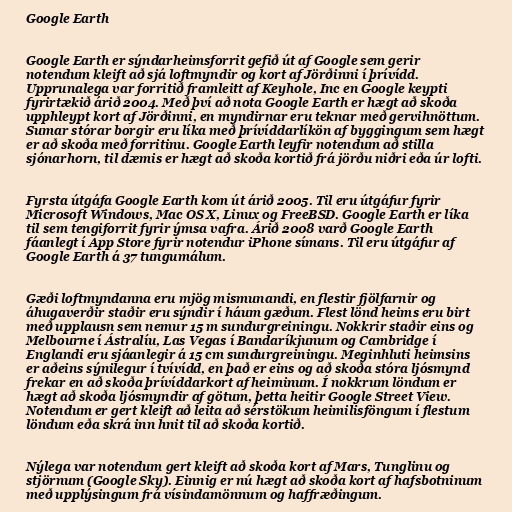
Google Earth

Google Earth er sýndarheimsforrit gefið út af Google sem gerir
notendum kleift að sjá loftmyndir og kort af Jörðinni í þrívídd.
Upprunalega var forritið framleitt af Keyhole, Inc en Google keypti
fyrirtækið árið 2004. Með því að nota Google Earth er hægt að skoða
upphleypt kort af Jörðinni, en myndirnar eru teknar með gervihnöttum.
Sumar stórar borgir eru líka með þrívíddarlíkön af byggingum sem hægt
er að skoða með forritinu. Google Earth leyfir notendum að stilla
sjónarhorn, til dæmis er hægt að skoða kortið frá jörðu niðri eða úr lofti.

Fyrsta útgáfa Google Earth kom út árið 2005. Til eru útgáfur fyrir
Microsoft Windows, Mac OS X, Linux og FreeBSD. Google Earth er líka
til sem tengiforrit fyrir ýmsa vafra. Árið 2008 varð Google Earth
fáanlegt í App Store fyrir notendur iPhone símans. Til eru útgáfur af
Google Earth á 37 tungumálum.

Gæði loftmyndanna eru mjög mismunandi, en flestir fjölfarnir og
áhugaverðir staðir eru sýndir í háum gæðum. Flest lönd heims eru birt
með upplausn sem nemur 15 m sundurgreiningu. Nokkrir staðir eins og
Melbourne í Ástralíu, Las Vegas í Bandaríkjunum og Cambridge í
Englandi eru sjáanlegir á 15 cm sundurgreiningu. Meginhluti heimsins
er aðeins sýnilegur í tvívídd, en það er eins og að skoða stóra ljósmynd
frekar en að skoða þrívíddarkort af heiminum. Í nokkrum löndum er
hægt að skoða ljósmyndir af götum, þetta heitir Google Street View.
Notendum er gert kleift að leita að sérstökum heimilisföngum í flestum
löndum eða skrá inn hnit til að skoða kortið.

Nýlega var notendum gert kleift að skoða kort af Mars, Tunglinu og
stjörnum (Google Sky). Einnig er nú hægt að skoða kort af hafsbotninum
með upplýsingum frá vísindamönnum og haffræðingum.